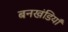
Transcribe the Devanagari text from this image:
बनखंडियाँ